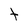
Character: t